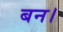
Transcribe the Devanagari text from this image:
बन।